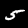
Digit: 5